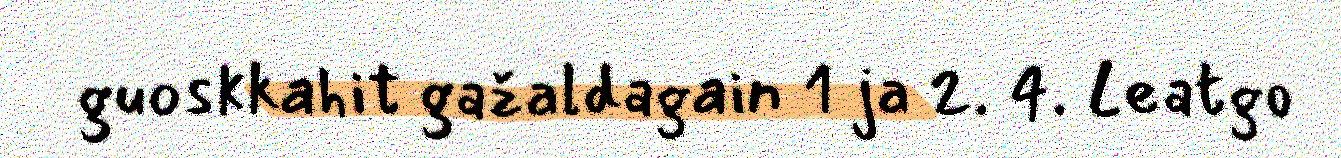
guoskkahit gažaldagain 1 ja 2. 4. Leatgo